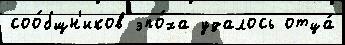
соо́бщн'иков эпо́ха удалось отца́